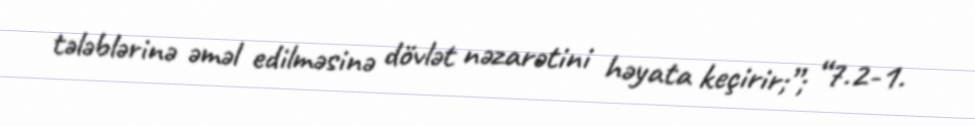
tələblərinə əməl edilməsinə dövlət nəzarətini həyata keçirir;”; “7.2-1.